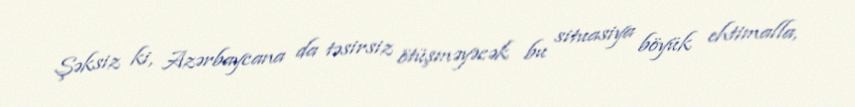
Şəksiz ki, Azərbaycana da təsirsiz ötüşməyəcək bu situasiya böyük ehtimalla,